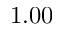
1 . 0 0